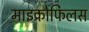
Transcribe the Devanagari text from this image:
माइक्रोफिलस